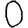
Digit: 0